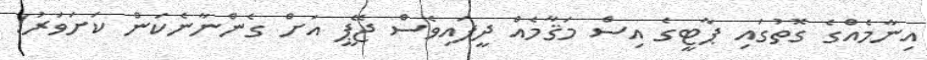
އިނާމެއްގެ ގޮތުގައި ޕާޓީގެ އިސް މަޤާމެއް ދީފައިވެސް ޖޭޕީ އަށް ގެންނާނެކަން ކަށަވަރު!